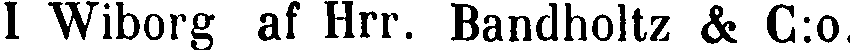
I Wiborg af Hrr. Bandholtz & C:o.